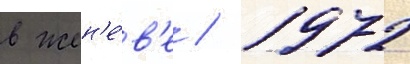
в жен'е́в'е / 1972